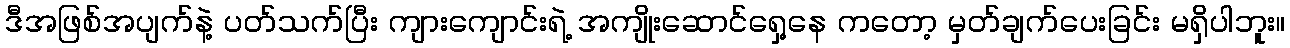
ဒီအဖြစ်အပျက်နဲ့ ပတ်သက်ပြီး ကျားကျောင်းရဲ့ အကျိုးဆောင်ရှေ့နေ ကတော့ မှတ်ချက်ပေးခြင်း မရှိပါဘူး။